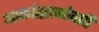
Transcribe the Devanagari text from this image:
आकांक्षाभोवती